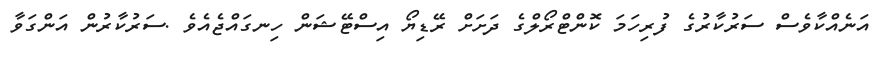
އަނެއްކާވެސް ސަރުކާރުގެ ފުރިހަމަ ކޮންޓްރޯލްގެ ދަށަށް ރޭޑިޔޯ އިސްޓޭޝަން ހިނގައްޖެއެވެ .ސަރުކާރުން އަންގަވާ